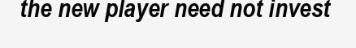
the new player need not invest